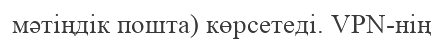
мәтіңдік пошта) көрсетеді. VPN-нің